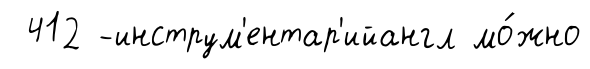
412 -инструм'ентар'ийангл мо́жно